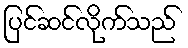
ပြင်ဆင်လိုက်သည်